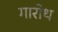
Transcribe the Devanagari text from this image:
गारोथ